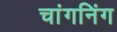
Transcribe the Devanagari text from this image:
चांगनिंग